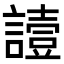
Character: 𧬇